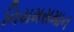
નિયમસમાન